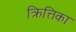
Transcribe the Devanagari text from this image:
क्रित्तिका